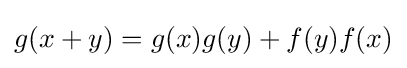
g(x+y)=g(x)g(y)+f(y)f(x)